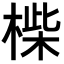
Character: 𣖧